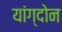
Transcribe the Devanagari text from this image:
यांग्दोन